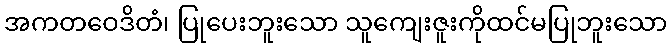
အကတဝေဒိတံ၊ ပြုပေးဘူးသော သူကျေးဇူးကိုထင်မပြုဘူးသော